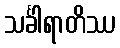
သင်္ခါရာတိဿ